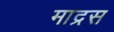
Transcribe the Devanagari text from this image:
माद्रस